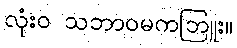
လုံးဝ သဘာဝမကဘြူး။